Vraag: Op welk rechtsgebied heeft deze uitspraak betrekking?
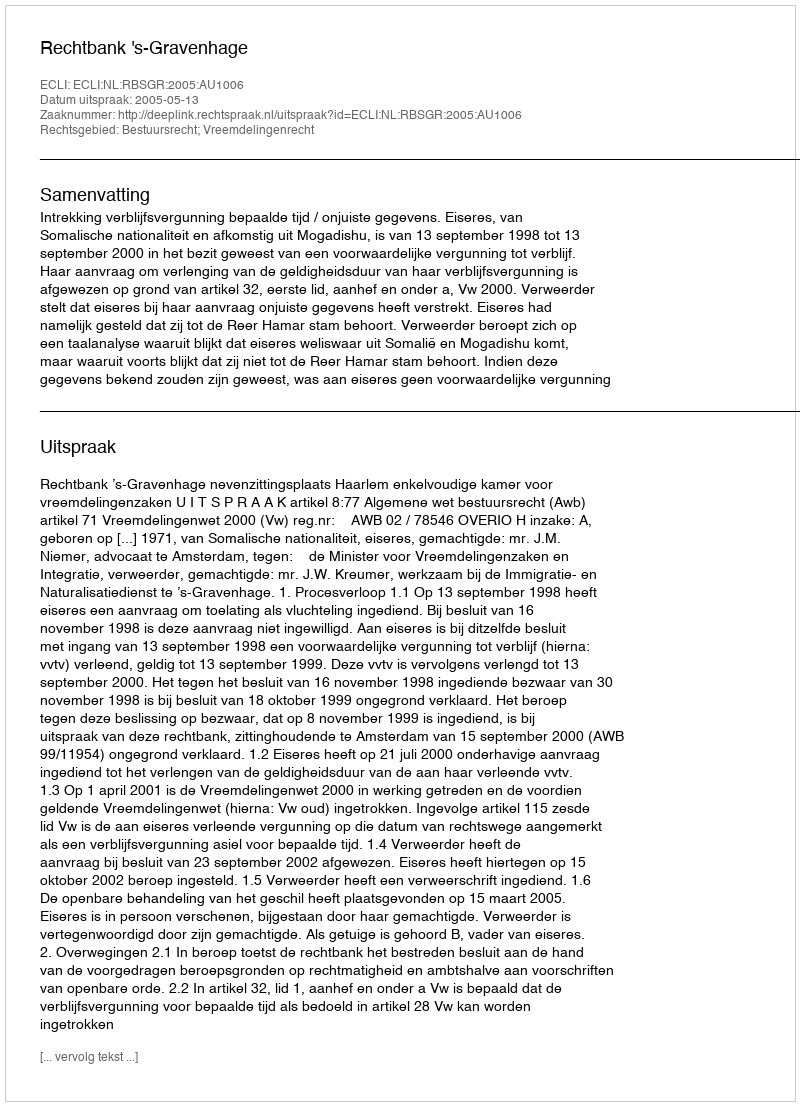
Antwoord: Bestuursrecht; Vreemdelingenrecht